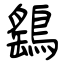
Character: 鷂